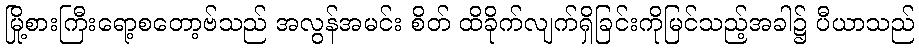
မြို့စားကြီးရော့စတော့ဗ်သည် အလွန်အမင်း စိတ် ထိခိုက်လျက်ရှိခြင်းကိုမြင်သည့်အခါ၌ ပီယာသည်